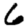
Digit: 6